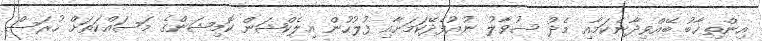
އިންތިޚާބު ބޭއްވިދާނެކަމާއި މެދު ސުވާލު ނުއުފެދޭކަމަށާއި ފުލުހުން އިލެކްޝަން ކޮމިޝަންގެ މަސައްކަތަށް ހުރަސް